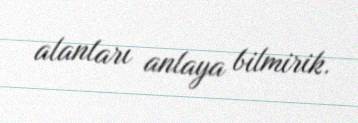
alanları anlaya bilmirik.